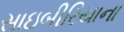
સાઇબીરિયાના